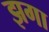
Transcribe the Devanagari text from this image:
झगा